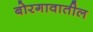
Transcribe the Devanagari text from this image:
बोरगावातील